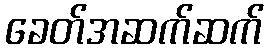
ခေတ်အဆက်ဆက်